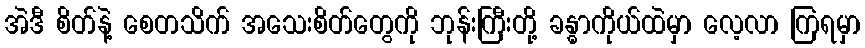
အဲဒီ စိတ်နဲ့ စေတသိက် အသေးစိတ်တွေကို ဘုန်းကြီးတို့ ခန္ဓာကိုယ်ထဲမှာ လေ့လာ ကြရမှာ